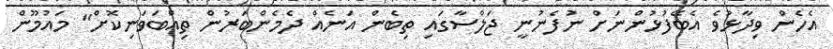
އެހެން ވިދާޅުވެ އެބޭފުޅުންނަށް ނުފެނުނީ ޖަލްސާގައި ތިބެން އަނެއް ދެމެންބަރުން ތިއްބަވަނިކޮށް" މައުމޫން